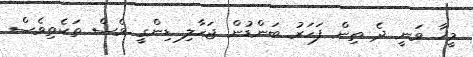
މީހާ ވަނީ ދެ ތިން ފަހަރު ބަންޑުން ޖަހާލި ޑިންގީ ވެސް ތަކެތިވެސް